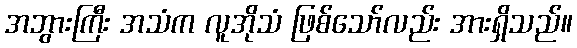
အဘွားကြီး အသံက လူအိုသံ ဖြစ်သော်လည်း အားရှိသည်။